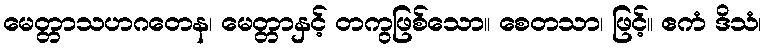
မေတ္တာသဟဂတေန၊ မေတ္တာနှင့် တကွဖြစ်သော။ စေတသာ၊ ဖြင့်။ ဧကံ ဒိသံ၊